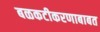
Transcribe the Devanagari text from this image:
बळकटीकरणाबाबत